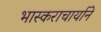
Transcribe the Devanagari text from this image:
भास्कराचार्याने